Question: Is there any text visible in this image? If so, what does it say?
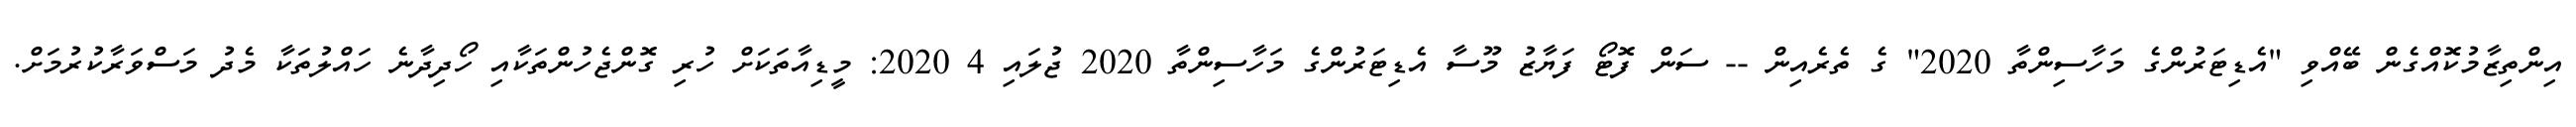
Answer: އިންތިޒާމުކޮއްގެން ބޭއްވި "އެޑިޓަރުންގެ މަހާސިންތާ 2020" ގެ ތެރެއިން -- ސަން ފޮޓޯ ފަޔާޒު މޫސާ އެޑިޓަރުންގެ މަހާސިންތާ 2020 ޖުލައި 4 2020: މީޑިއާތަކަށް ހުރި ގޮންޖެހުންތަކާއި ހޯދިދާނެ ހައްލުތަކާ މެދު މަސްވަރާކުރުމަށް.